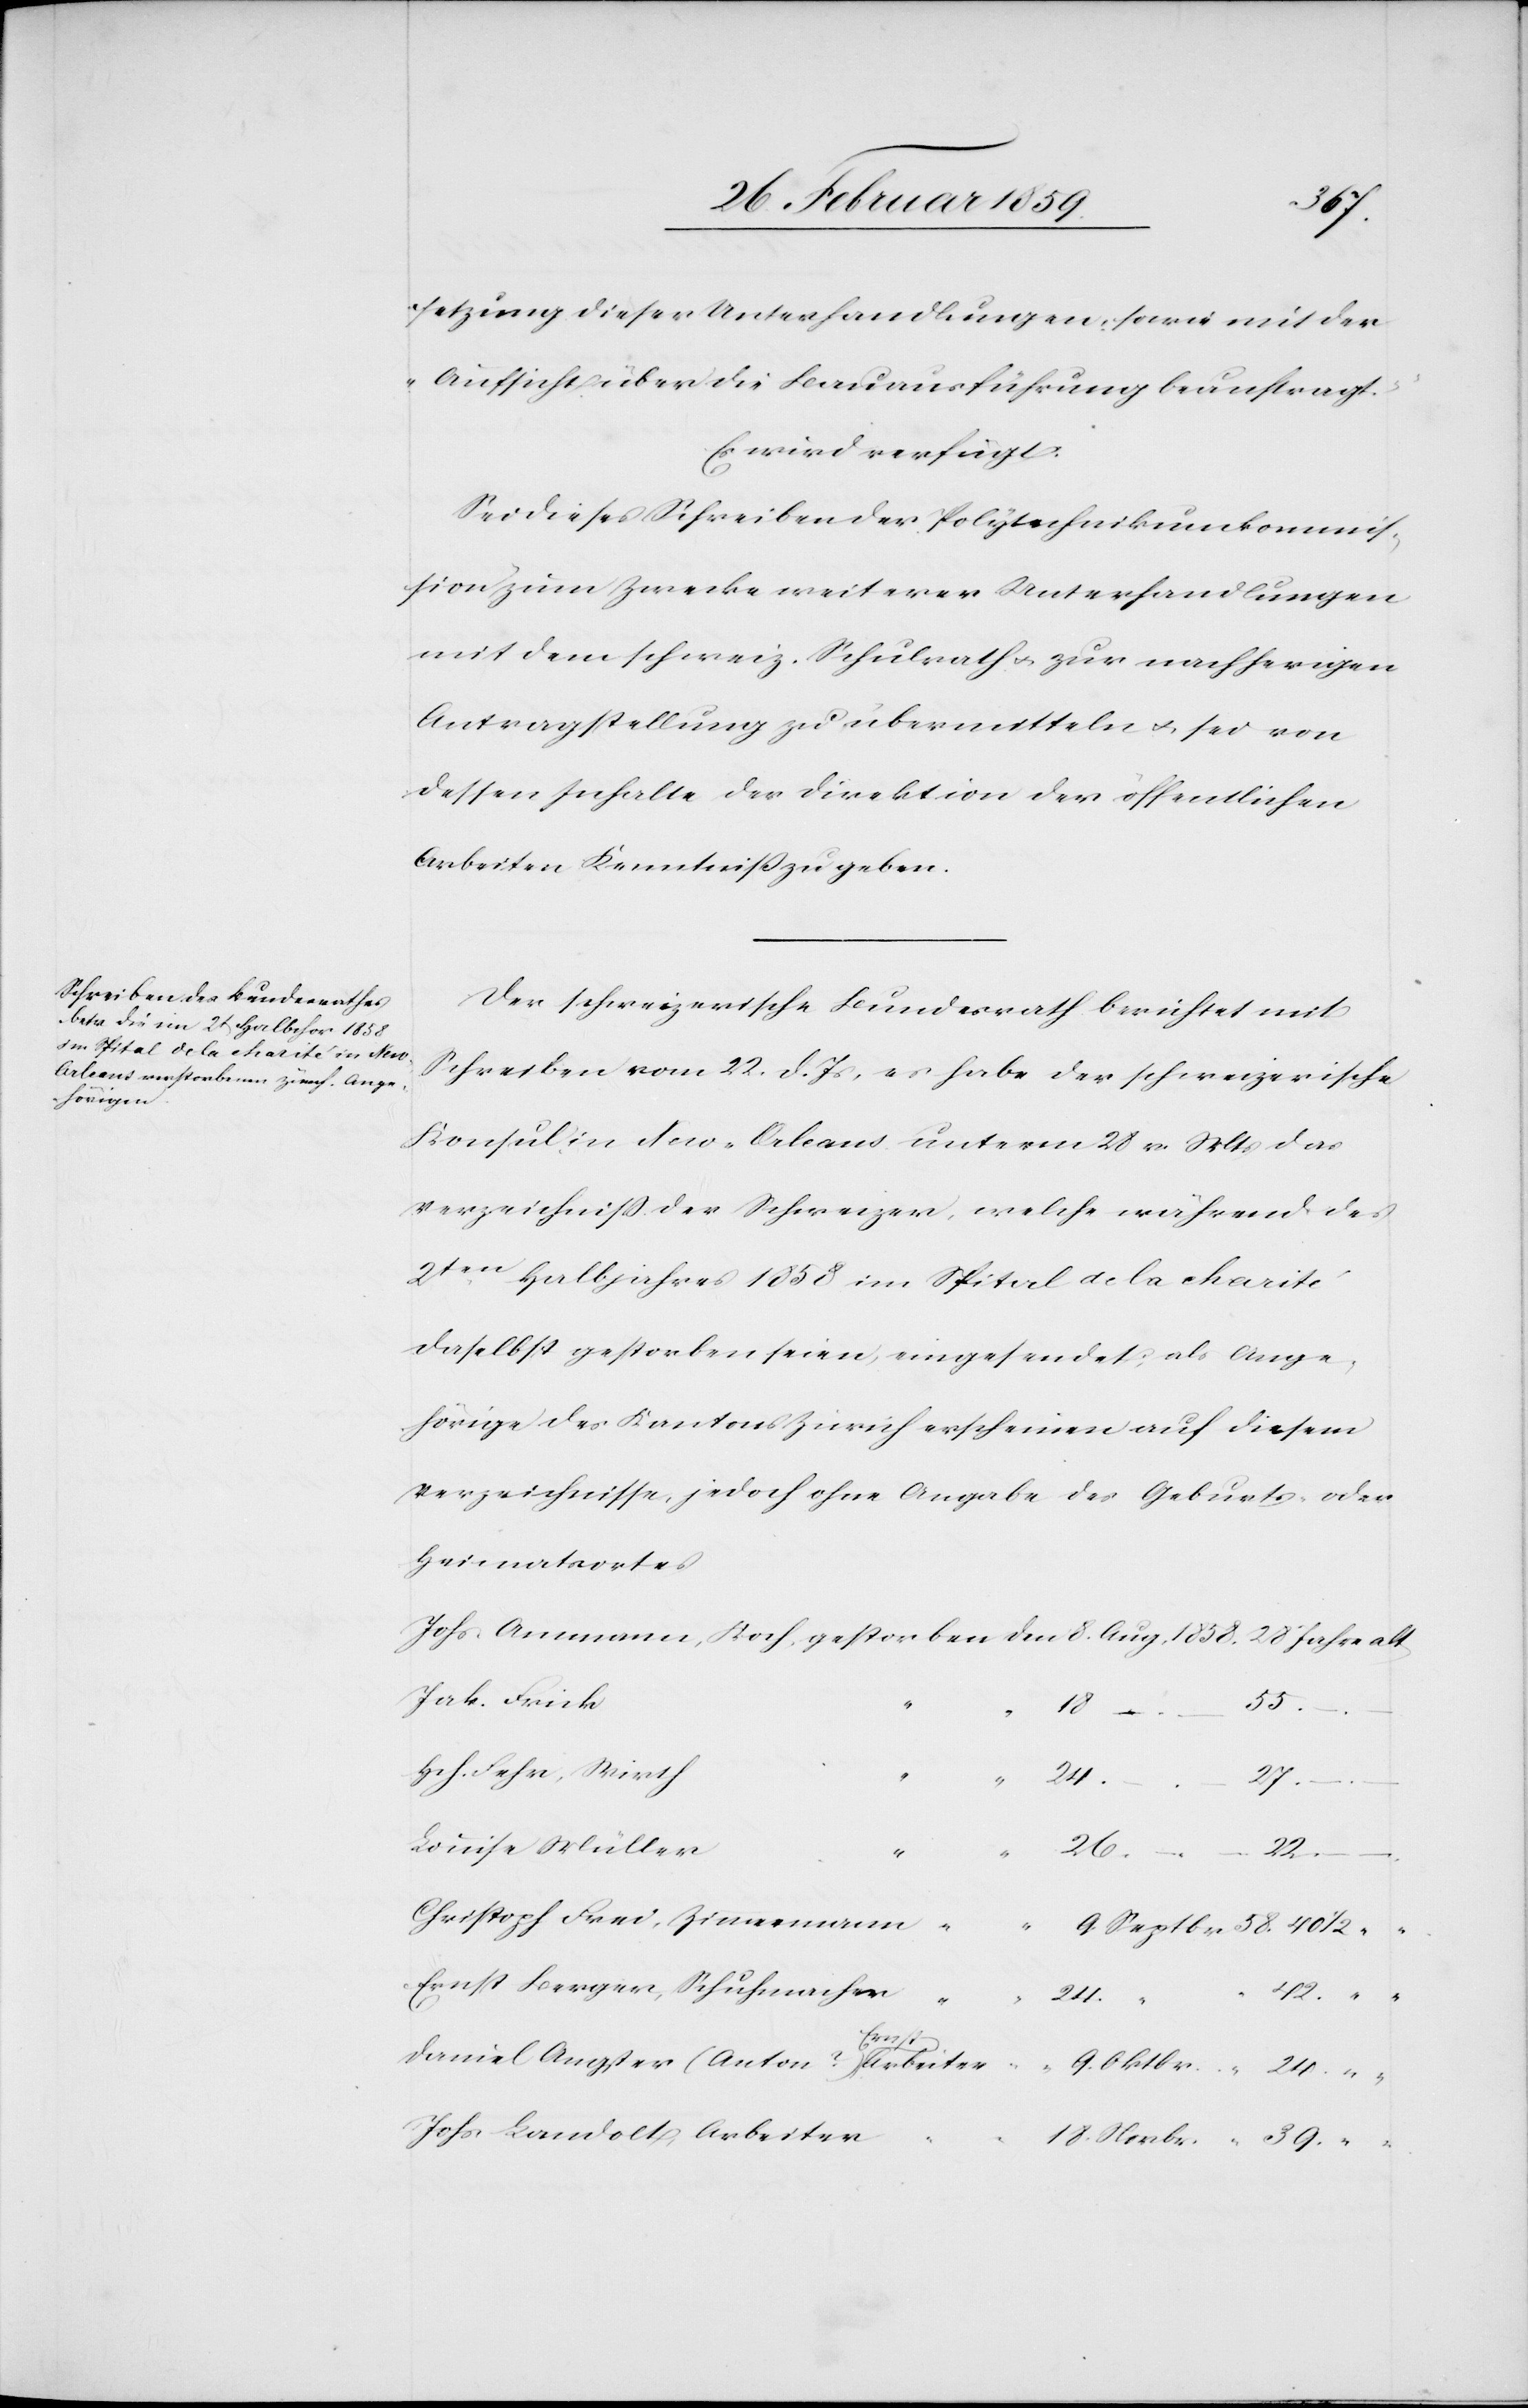
9.
setzung dieser Unterhandlungen, sowie mit der
Aufsicht über die Bauausführung beauftragt.“
Es wird verfügt:
Sei dieses Schreiben der Polytechnikumkommis¬
sion zum Zwecke weiterer Unterhandlungen
mit dem schweiz. Schulrath u. zur nachherigen
Antragstellung zu übermitteln u. sei von
dessen Inhalte der Direktion der öffentlichen
Arbeiten Kenntniß zu geben.
Der schweizerische Bundesrath berichtet mit
Schreiben vom 22. d. Js, es habe der schweizerische
Konsul in New-Orleans unterm 28. v. Mts das
Verzeichniß der Schweizer, welche während des
2ten Halbjahres 1858 im Spital de la charité
daselbst gestorben seien, eingesendet; als Ange¬
hörige des Kantons Zürich erscheinen auf diesem
Verzeichnisse, jedoch ohne Angabe des Geburts- oder
Heimatsortes
Jak. Frick
18.
Novbr.
Hch. Fehr, Wirth
27
“
Louise Müller
39
24.
22
Ar¬
Christoph Frei, Zimmermann
Ernst Berger, Schuhmacher
Angster
Johs. Landolt, Arbeiter